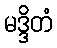
မဒ္ဒိတံ